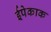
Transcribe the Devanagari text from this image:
ईपेकाक